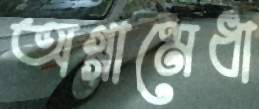
অগ্গামেধা